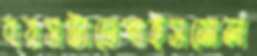
বয়সটাতেপাইসমোল